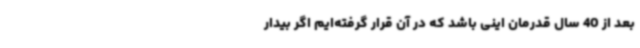
بعد از 40 سال قدرمان اینی باشد که در آن قرار گرفته‌ایم اگر بیدار